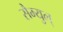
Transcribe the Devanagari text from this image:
सैम्युल्